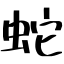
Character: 蛇